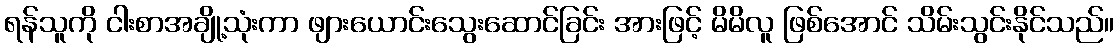
ရန်သူကို ငါးစာအချို့သုံးကာ ဖျားယောင်းသွေးဆောင်ခြင်း အားဖြင့် မိမိလူ ဖြစ်အောင် သိမ်းသွင်းနိုင်သည်။